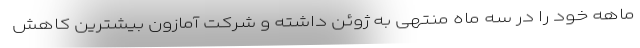
ماهه خود را در سه ماه منتهی به ژوئن داشته و شرکت آمازون بیشترین کاهش